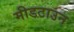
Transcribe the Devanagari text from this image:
मीडटाउन